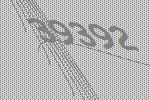
39392